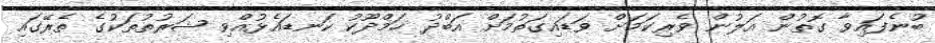
ބުނެފައިވާ ގޮތުން އަލުން ވެރިކަމަށް ވަޑައިގަތުމަށް އަބްދު ހަމްދޫކު ކަނޑައެޅުއްވި ޝަރުތުތަކުގެ ތެރޭގައި